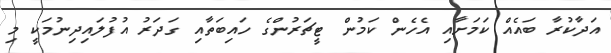
އަދާކުރާ ބައެއް ކަމަށާއި އެހެން ކަމުން ޓީޗަރުންގެ ހައިބަތާއި ގަދަރު އުފުލައިދިނުމަކީ މި